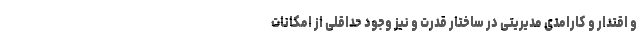
و اقتدار و کارامدی مدیریتی در ساختار قدرت و نیز وجود حداقلی از امکانات